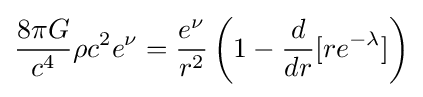
{\frac {8\pi G}{c^{4}}}\rho c^{2}e^{\nu }={\frac {e^{\nu }}{r^{2}}}\left(1-{\frac {d}{dr}}[re^{-\lambda }]\right)